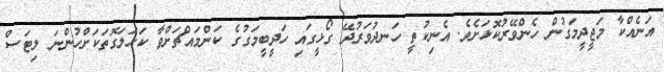
އަނެއްކާ މަޖީދީމަގުން ހެންވޭރުކޮޅަށެވެ. އެނިކުތީ ހަނދުވަރުދޭ ގޯޅީގައި ހަދީބީމަގުގެ ކަންމައްޗަށްވާ ކަހަލަގޮތަކަށްހުންނަ ލިޓަސް